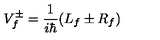
V _ { f } ^ { \pm } = \frac { 1 } { i \hbar } ( L _ { f } \pm R _ { f } )